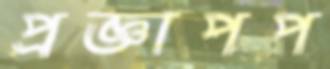
প্রজ্ঞাপপ